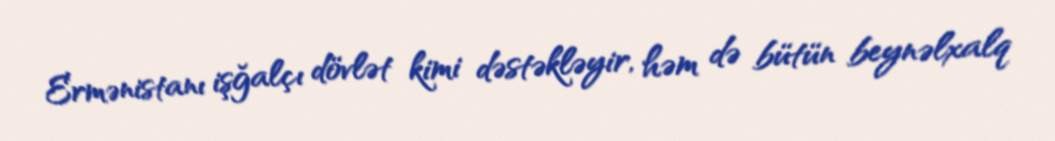
Ermənistanı işğalçı dövlət kimi dəstəkləyir, həm də bütün beynəlxalq